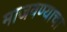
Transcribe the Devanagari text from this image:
माजवण्याचा